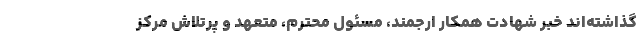
گذاشته‌اند خبر شهادت همکار ارجمند، مسئول محترم، متعهد و پرتلاش مرکز